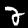
Label: 2